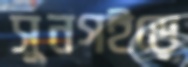
সুনগইড়ে